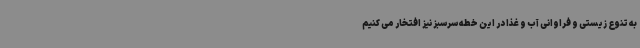
به تنوع زیستی و فراوانی آب و غذا در این خطه سرسبز نیز افتخار می کنیم